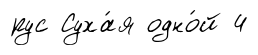
рус Суха́я одно́й 4